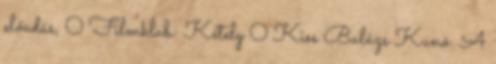
előadás, 0 Filmklub: Kétely 0 Kiss Balázs Kunó: A